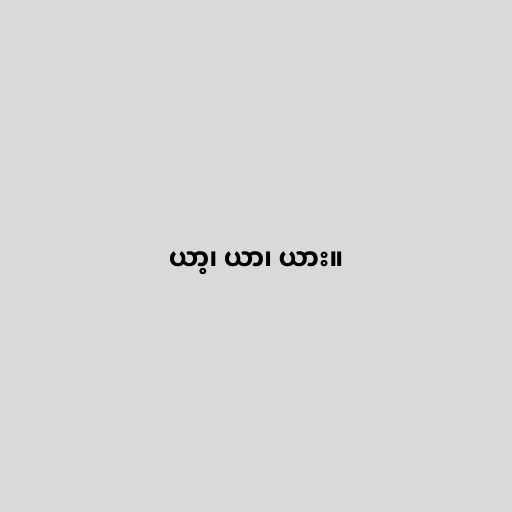
ယာ့၊ ယာ၊ ယား။